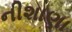
નીશાણા